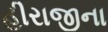
હીરાજીના